Vaccination in the Punjab 1919-1929 - 1919-1929
Year: 1919
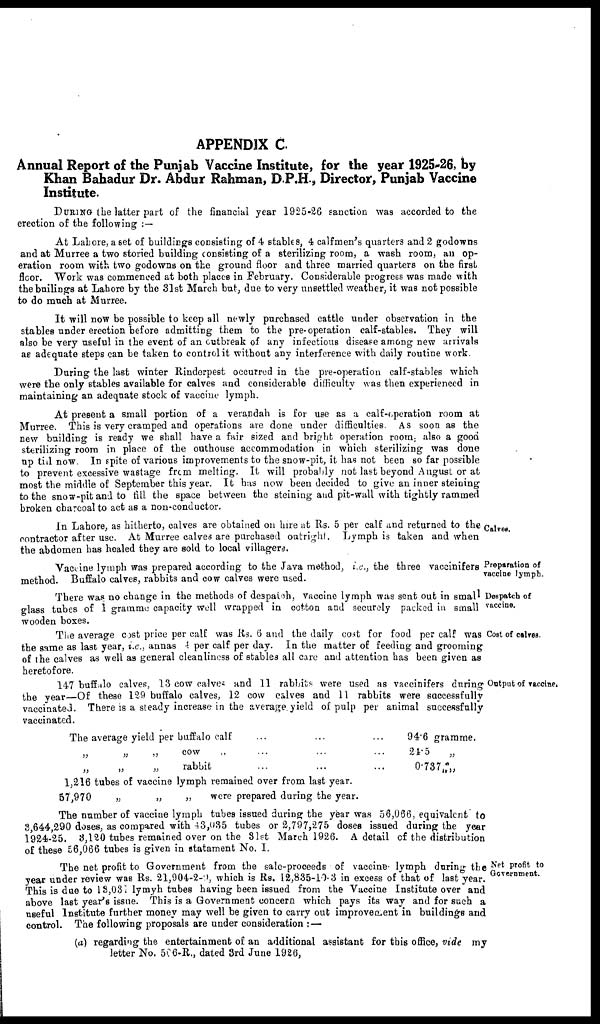
APPENDIX C
Annual Report of the Punjab Vaccine Institute, for the year 1925-26, by
Khan Bahadur Dr. Abdur Rahman, D P.H, Director, Punjab Vaccine
Institute.
DURING (be latter part of the financial year 1925-26 sanction was accorded to the
erection of the following : —
At Lahore, a set of buildings consisting of 4 stables, 4 calfmen's quarters and 2 godowns
and at Murree a two storied building consisting of a sterilizing room, a wash room, an op-
eration room with two godowns on the ground floor and three married quarters on the first
floor. Work was commenced at both places in February. Considerable progress was made with
the bailings at Lahore by the 31st March but, due to very unsettled weather, it was not possible
to do much at Murree.
It will now be possible to keep all newly purchased cattle under observation in the
stables under erection before admitting them to the pre-operation calf-stables. They will
also be very useful in the event of an outbreak of any infectious diseape among new arrivals
as adequate steps can be taken to control it without any interference with daily routine work
During the last winter Rinderpest occurred in the pre-operation calf-stables which
were the only stables available for calve6 and considerable difficulty was then experienced in
maintaining an adequate stock of vaccine lymph.
At present a small portion of a verandah is for use as a calf-operation room at
Murree. This is very cramped and operations are done under difficulties. As soon as the
new building is ready we shall have a fair sized and bright operation room also a good
sterilizing room in place of the outhouse accommodation in which sterilizing was done
up till now. In spite of various improvements to the snow-pit, it has not been so far possible
to prevent excessive wastage from melting. It will probably not last beyond August or at
most the middle of September this year. It has now been decided to give an inner steining
to the snow-pit and to till the space between the steining and pit-wall with tightly rammed
broken charcoal to act as a non-conductor.
Cairo*.
In Lahore, as hitherto, calves are obtained on hire at Rs. 5 per calf and returned to the
contractor after use. At Murree calves are purchased outright. Lymph is taken and when
the abdomen has healed they are sold to local villagers.
Preparation of
Tacrine lymph.
Vaccine lymph was prepared according to the Java method, i.e., the three vaccinifers
method. Buffalo calves, rabbits and cow calves were used.
Despatch of
vaccine.
There was no change in the methods of despatch, vaccine lymph was sent out in small
glass tubes of 1 gramme capacity well wrapped in cotton and securely packed in small
wooden boxes.
Cost of calves.
The average cost price per calf was Rs. 6 and the daily cost for food per calf was
the same as last year, i.e., annas 4 per calf per day. In the matter of feeding and grooming
of the calves as well as general cleanliness of stables all care and attention has been given as
heretofore.
Output of Tacrine,
147 buffalo calves, 13 cow calve- ana 11 rabbits were used as vaccinifers during
the year—Of these 129 buffalo calves, 12 cow calves and 11 rabbits were successfully
vaccinated. There is a steady increase in the average yield of pulp per animal successfully
vaccinated.
The average yield per buffalo calf ... ...
„ „ „ cow
„ ... ... ...
„
„
„
rabbit ... ... ...
94.6 gramme.
21.5
„
0.737 „
1,216 tubes or vaccine lymph remained over from last year.
67,970
„
„
„
were prepared during the year.
The number of vaccine lymph tubes issued during the year was 56,066, equivalent to
3,644,290 doses, as compared with 43,035 tubes or 2,797,275 doses issued during the year
1924-25. 8,120 tubes remained over on the 31st March 1926. A detail of the distribution
of these £6,066 tubes is given in statament No. I.
Net profit to
Government.
The net profit to Government from the sale-proceeds of vaccine lymph during the
year under review was Rs. 21,904-2-9, which is Rs. 12,835-10- 3 in excess of that of last year.
This is due to 18,031 lymyh tubes having been issued from the Vaccine Institute over and
above last year's issue. This is a Government concern which pays its way and for such a
useful Institute further money may well be given to carry out improvement in buildings and
control. The following proposals are under consideration : —
(a) regarding the entertainment of an additional assistant for this office, vide my
letter No. 506-R., dated 3rd June 1926,